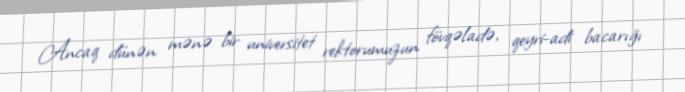
Ancaq dünən mənə bir universitet rektorumuzun fövqəladə, qeyri-adi bacarığı